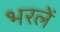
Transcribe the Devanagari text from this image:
भरलें